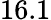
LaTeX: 16.1